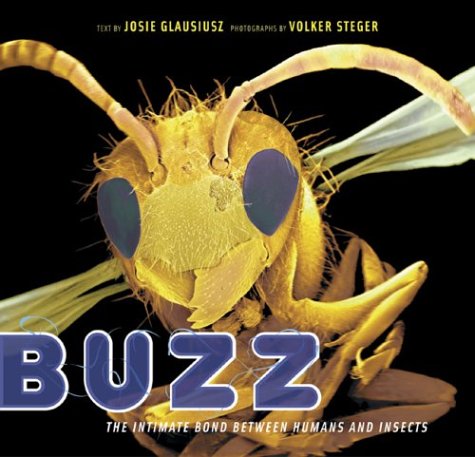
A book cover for Buzz: The Intimate Bond Between Humans and Insects; Josie Glausiusz; Sports & Outdoors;